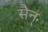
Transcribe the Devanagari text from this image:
सैन्